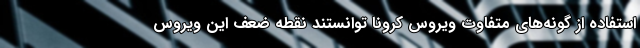
استفاده از گونه‌های متفاوت ویروس کرونا توانستند نقطه ضعف این ویروس